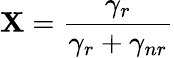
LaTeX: \mathbf{X}=\frac{{\gamma_{r}}}{{\gamma_{r}+\gamma_{nr}}}